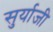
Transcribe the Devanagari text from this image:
सुर्याजी